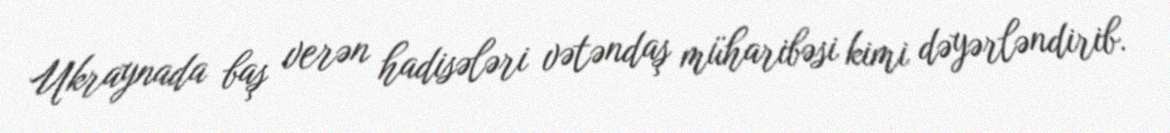
Ukraynada baş verən hadisələri vətəndaş müharibəsi kimi dəyərləndirib.